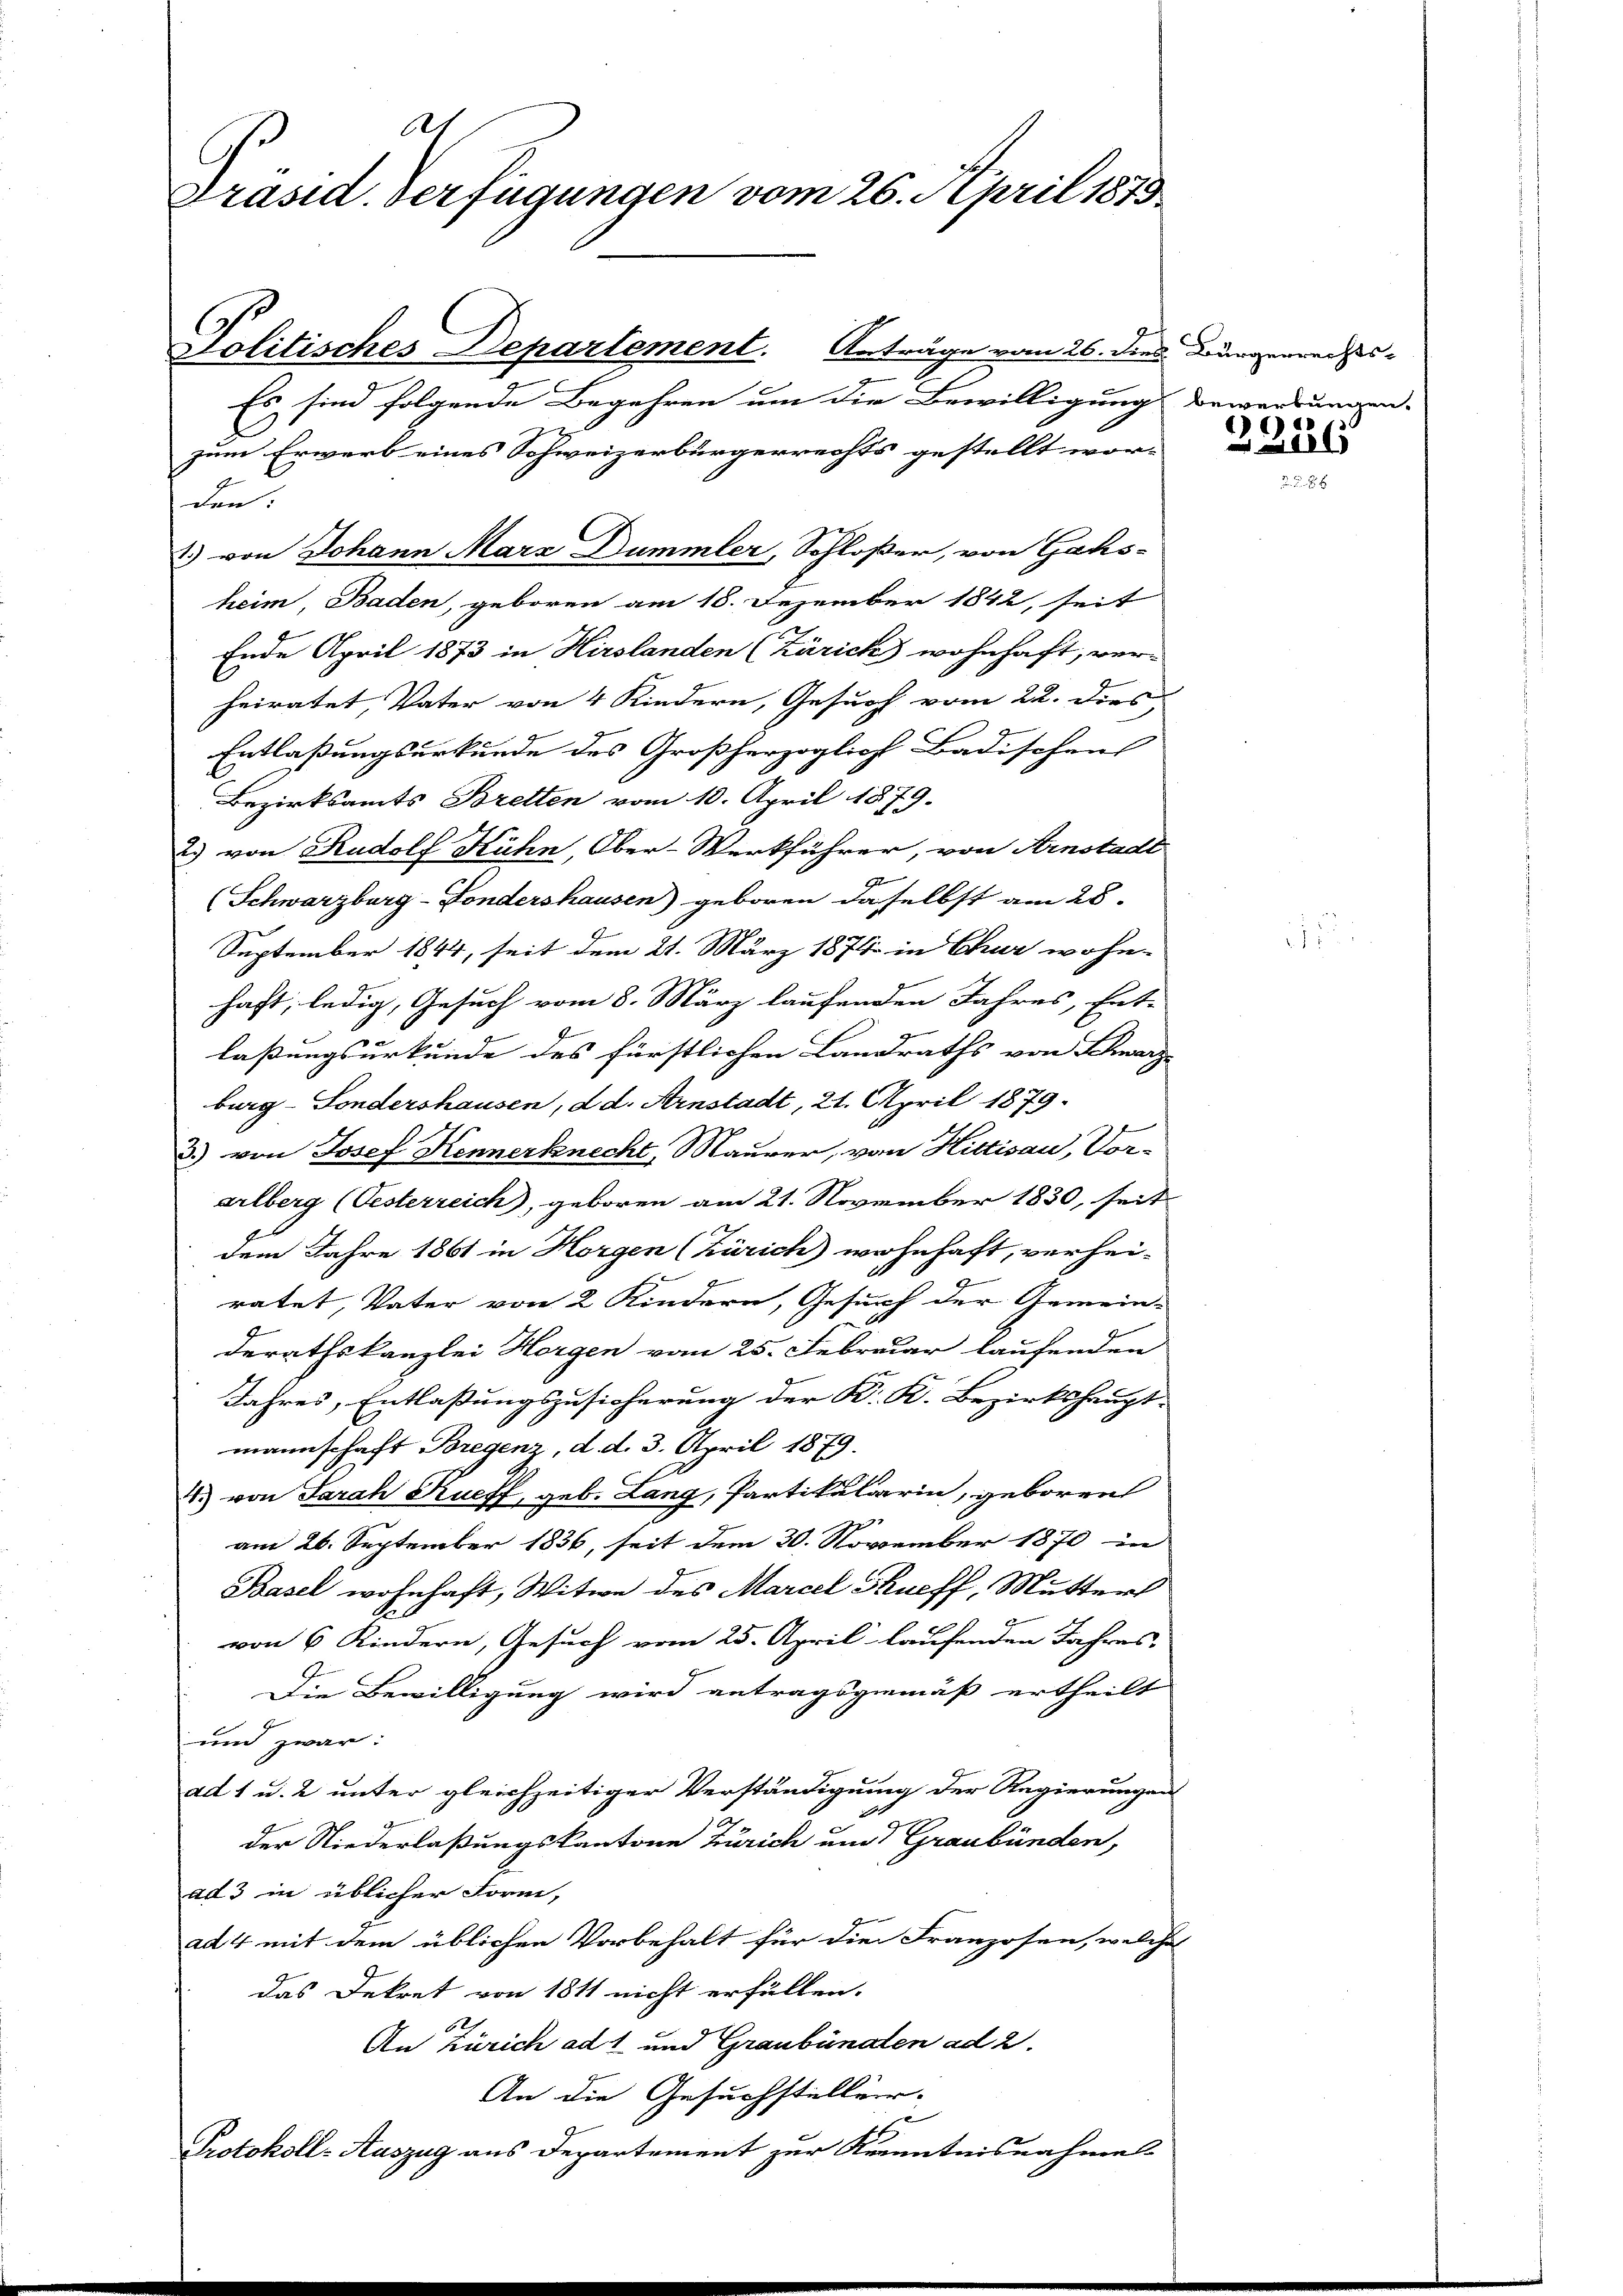
be
Präsid. Verfügungen vom 26. April 1873
Politisches Departement. Anträge vom 26. dies Burgerrechts-
.
Es sind folgende Begehren um die Bewilligung bewerbungen.

zum Erwerb eines Schweizerbürgerrechts gestellt wor-
den:
1) von Johann Marz Dummler, Schloßer, von Gaks-
heim, Baden, geboren am 18. Dezember 1842, seit
Ende April 1873 in Hirslanden (Zürich wohnhaft, ver-
heiratet, Vater von 4 Kindern, Gesuch vom 22. dies
Entlaßungsurkunde des Großherzoglich Badischens
Bezirksamts Bretten vom 10. April 1879.
23 von Rudolf Kühn, Ober-Werkführer, von Hinstadt
.
(Schwarzburg-Fondershausen) geboren daselbst am 28.
September 1844, seit dem 21. März 1874 in Chur wohn-
haft, ledig, Gesuch vom 8. März laufenden Jahres, Ent-
laßungsurkunde des fürstlichen Landraths von Schwarz-
burg - Sondershausen, d d. Arnstadt, 21. April 1879.
3.) von Josef Kennerknecht, Maurer, von Hittisau, Vor-
arlberg (Oesterreich, geboren am 21. November 1830, seit
dem Jahre 1861 in Horgen (Zürich) wohnhaft, verhei-
u
ratet, Vater von 2 Kindern, Gesuch der Gemein-
derathskanzlei Horgen vom 25. Februar laufenden
Jahres, Entlaßungszusicherung der K. K. Bezirkshaupt-
mannschaft Bregenz, d. d. 3. April 1879.
4.) von Sarah Rueff, geb. Lang, Partikularin, geboren
am 26. September 1836, seit dem 30. November 1870 in
Basel wohnhaft, Witwe des Marcel Skueff, Mutter
von 6 Kindern, Gesuch vom 25. April laufenden Jahres-
Die Bewilligung wird antragsgemäß ertheilt
und zwar:
ad 1 u. 2 unter gleichzeitiger Verständigung der Regierungen
der Niederlaßungskantone Zürich und Graubünden,
ad 3 in üblicher Form,
ad 4 mit dem üblichen Vorbehalt für die Franzosen, welches
das Dekret von 1811 nicht erfüllen.
An Zürich ad 1 und Graubünden ad 2.
An die Gesuchstellung.
Protokoll-Auszug aus Departement zur Kenntnisnahmes

22886